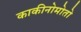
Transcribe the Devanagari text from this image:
काकीनोमोतो